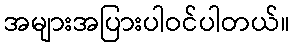
အများအပြားပါဝင်ပါတယ်။